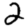
Digit: 2